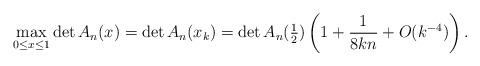
LaTeX: \begin{align*} \max_{0\le x \le 1}\det A_n(x) = \det A_n(x_k) = \det A_n({\textstyle\frac12})\left(1+\frac{1}{8kn} + O(k^{-4})\right).\end{align*}